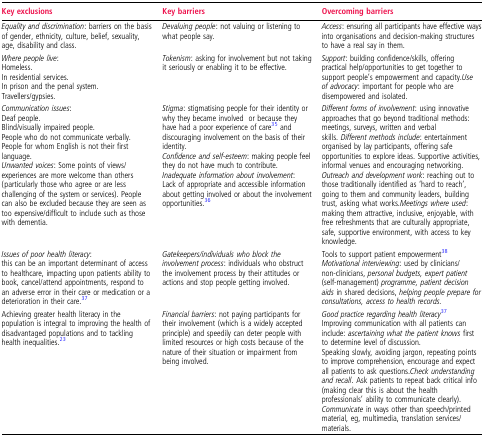
<table><thead><tr><td><b>Key exclusions</b></td><td><b>Key barriers</b></td><td><b>Overcoming barriers</b></td></tr></thead><tbody><tr><td><i>Equality and discrimination</i>: barriers on the basis of gender, ethnicity, culture, belief, sexuality, age, disability and class.</td><td><i>Devaluing people</i>: not valuing or listening to what people say.</td><td><i>Access</i>: ensuring all participants have effective ways into organisations and decision-making structures to have a real say in them.</td></tr><tr><td><i>Where people live</i>:Homeless.In residential services.In prison and the penal system.Travellers/gypsies.</td><td><i>Tokenism</i>: asking for involvement but not taking it seriously or enabling it to be effective.</td><td><i>Support</i>: building confidence/skills, offering practical help/opportunities to get together to support people&#x27;s empowerment and capacity.<i>Use of advocacy</i>: important for people who are disempowered and isolated.</td></tr><tr><td><i>Communication issues</i>:Deaf people.Blind/visually impaired people.People who do not communicate verbally.People for whom English is not their first language.<i>Unwanted voices</i>: Some points of views/experiences are more welcome than others (particularly those who agree or are less challenging of the system or services). People can also be excluded because they are seen as too expensive/difficult to include such as those with dementia.</td><td><i>Stigma</i>: stigmatising people for their identity or why they became involved or because they have had a poor experience of care35 and discouraging involvement on the basis of their identity.<i>Confidence and self-esteem</i>: making people feel they do not have much to contribute.<i>Inadequate information about involvement</i>:Lack of appropriate and accessible information about getting involved or about the involvement opportunities.36</td><td><i>Different forms of involvement</i>: using innovative approaches that go beyond traditional methods: meetings, surveys, written and verbal skills. <i>Different methods include</i>: entertainment organised by lay participants, offering safe opportunities to explore ideas. Supportive activities, informal venues and encouraging networking.<i>Outreach and development work</i>: reaching out to those traditionally identified as ‘hard to reach’, going to them and community leaders, building trust, asking what works.<i>Meetings where used</i>: making them attractive, inclusive, enjoyable, with free refreshments that are culturally appropriate, safe, supportive environment, with access to key knowledge.</td></tr><tr><td><i>Issues of poor health literacy</i>:this can be an important determinant of access to healthcare, impacting upon patients ability to book, cancel/attend appointments, respond to an adverse error in their care or medication or a deterioration in their care.37</td><td><i>Gatekeepers/individuals who block the involvement process</i>: individuals who obstruct the involvement process by their attitudes or actions and stop people getting involved.</td><td>Tools to support patient empowerment38<i>Motivational interviewing</i>: used by clinicians/non-clinicians, <i>personal budgets, expert patient</i> (self-management) <i>programme, patient decision aids</i> in shared decisions, <i>helping people prepare for consultations, access to health records.</i></td></tr><tr><td>Achieving greater health literacy in the population is integral to improving the health of disadvantaged populations and to tackling health inequalities.23</td><td><i>Financial barriers</i>: not paying participants for their involvement (which is a widely accepted principle) and speedily can deter people with limited resources or high costs because of the nature of their situation or impairment from being involved.</td><td><i>Good practice regarding health literacy</i>37Improving communication with all patients can include: <i>ascertaining what the patient knows</i> first to determine level of discussion.Speaking slowly, avoiding jargon, repeating points to improve comprehension, encourage and expect all patients to ask questions.<i>Check understanding and recall</i>. Ask patients to repeat back critical info (making clear this is about the health professionals’ ability to communicate clearly). <i>Communicate</i> in ways other than speech/printed material, eg, multimedia, translation services/materials.</td></tr></tbody></table>